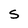
Character: S